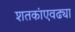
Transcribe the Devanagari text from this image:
शतकांएवढ्या